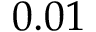
0 . 0 1